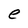
Character: e